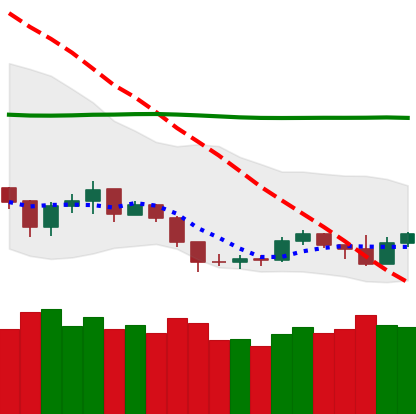
Ticker: NEO-USD
Chart end date: 2019-09-08
Forward return: -3.613%
Label: down_3_5